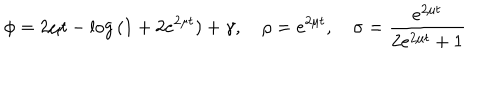
LaTeX: \phi = 2 \mu t - \log { ( 1 + 2 e ^ { 2 \mu t } ) } + \gamma , ~ \rho = e ^ { 2 \mu t } , ~ \sigma = \frac { e ^ { 2 \mu t } } { 2 e ^ { 2 \mu t } + 1 }